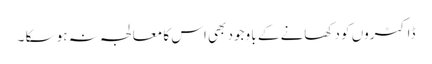
ڈاکٹروں کو دکھانے کے با وجود بھی اس کا معالجہ نہ ہو سکا ۔